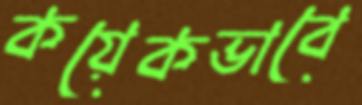
কয়েকভাবে